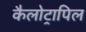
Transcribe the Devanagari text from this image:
कैलोट्रापिल